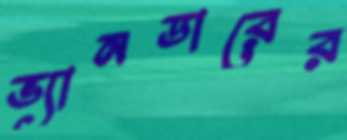
ভ্যানডারের